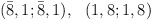
\begin{align*}({\bar 8},1;{\bar 8},1),~~(1,8;1,8)\end{align*}